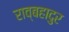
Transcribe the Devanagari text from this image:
राव्बहादुर